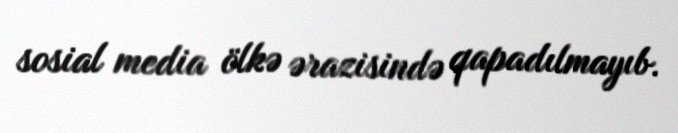
sosial media ölkə ərazisində qapadılmayıb.